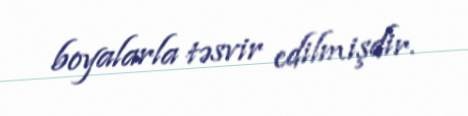
boyalarla təsvir edilmişdir.